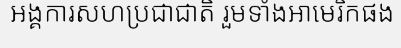
អង្គការសហប្រជាជាតិ រួមទាំងអាមេរិកផង